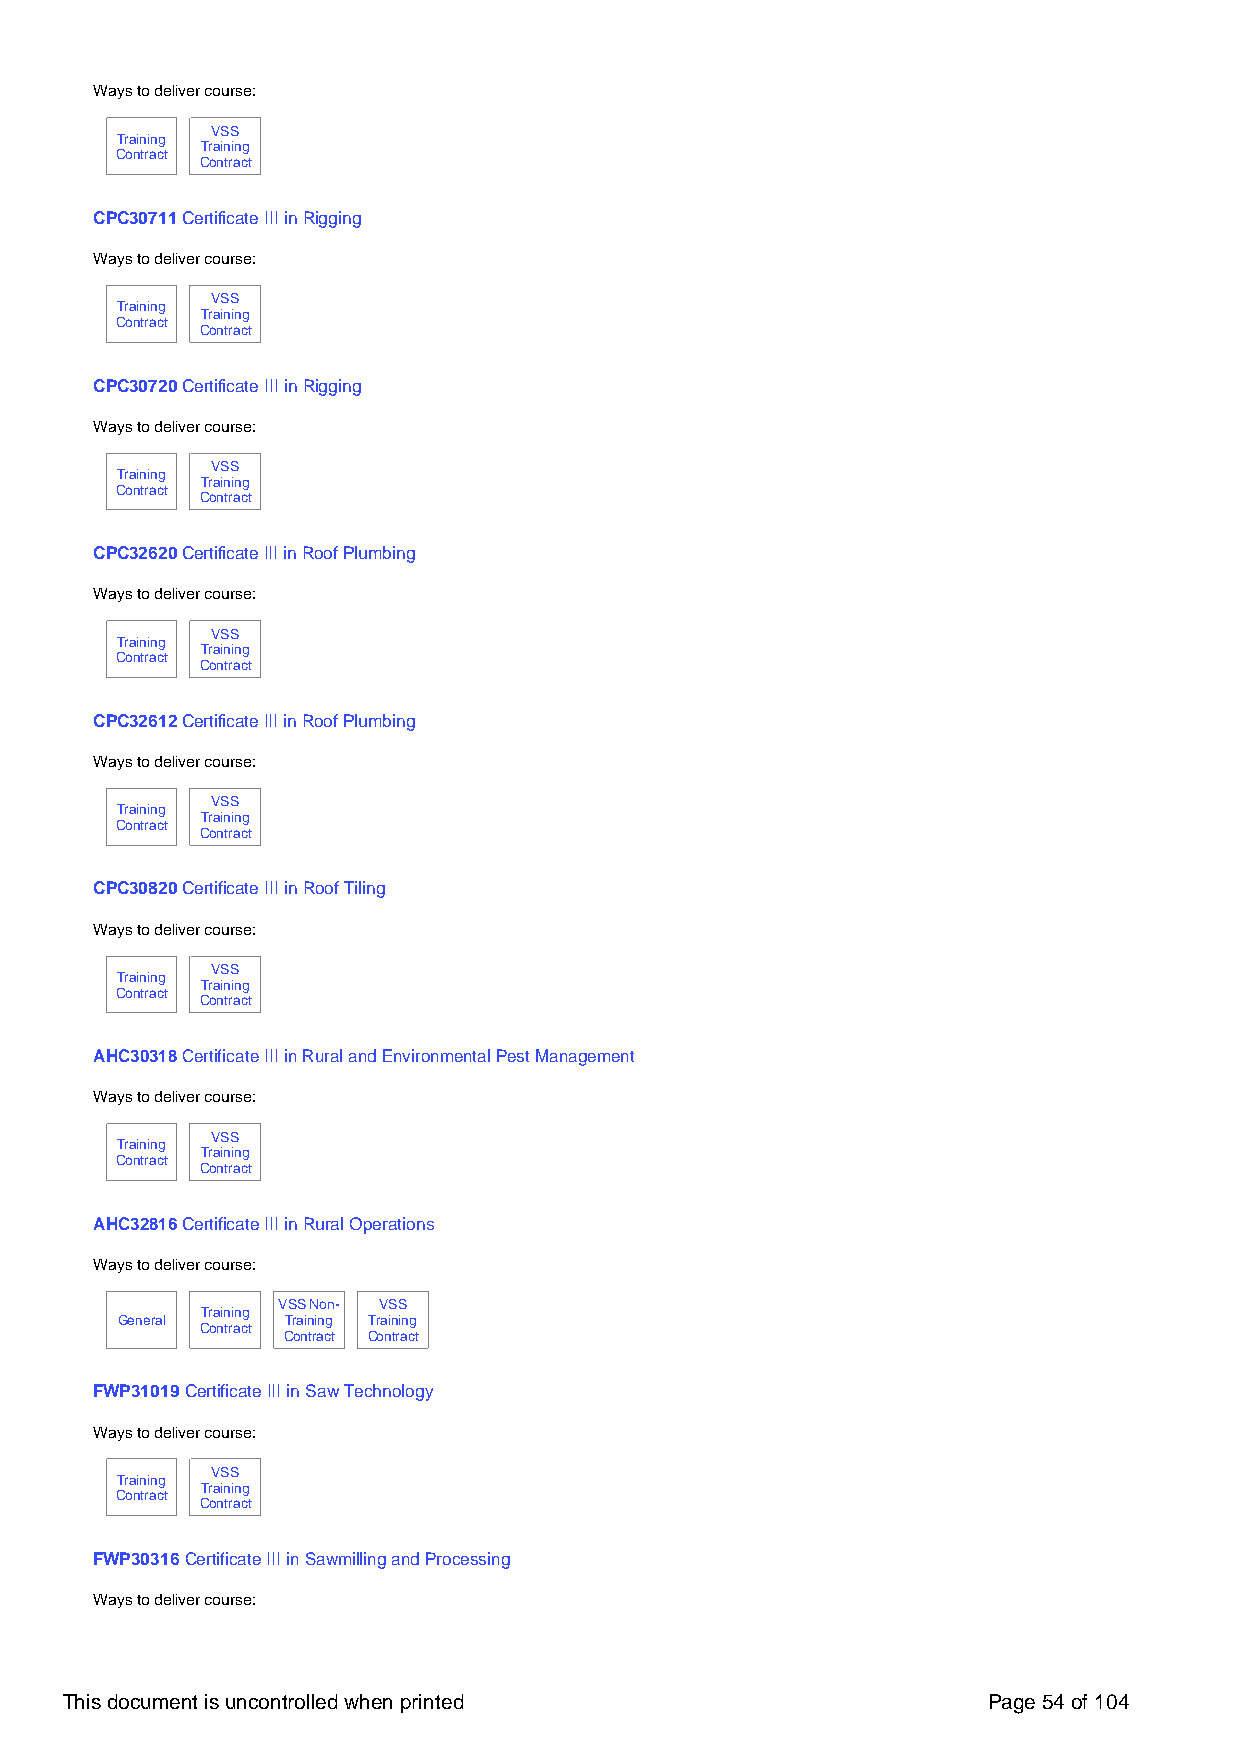
Ways to deliver course:
 VSS
 Training
 Training
 Contract
 Contract
 CPC30711 Certificate III in Rigging
 Ways to deliver course:
 VSS
 Training
 Training
 Contract
 Contract
 CPC30720 Certificate III in Rigging
 Ways to deliver course:
 VSS
 Training
 Training
 Contract
 Contract
 CPC32620 Certificate III in Roof Plumbing
 Ways to deliver course:
 VSS
 Training
 Training
 Contract
 Contract
 CPC32612 Certificate III in Roof Plumbing
 Ways to deliver course:
 VSS
 Training
 Training
 Contract
 Contract
 CPC30820 Certificate III in Roof Tiling
 Ways to deliver course:
 VSS
 Training
 Training
 Contract
 Contract
 AHC30318 Certificate III in Rural and Environmental Pest Management
 Ways to deliver course:
 VSS
 Training
 Training
 Contract
 Contract
 AHC32816 Certificate III in Rural Operations
 Ways to deliver course:
 VSS Non- VSS
 Training
 General    Training Training
 Contract
 Contract Contract
 FWP31019 Certificate III in Saw Technology
 Ways to deliver course:
 VSS
 Training
 Training
 Contract
 Contract
 FWP30316 Certificate III in Sawmilling and Processing
 Ways to deliver course:
 This document is uncontrolled when printed                   Page 54 of 104